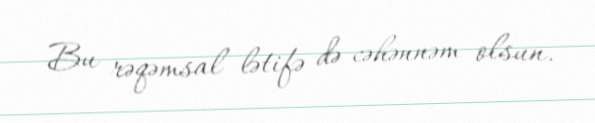
Bu rəqəmsal lətifə də cəhənnəm olsun.